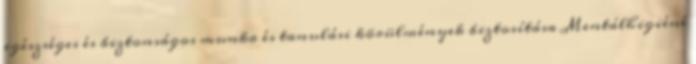
egészséges és biztonságos munka és tanulási körülmények biztosítása Mentálhigiéné